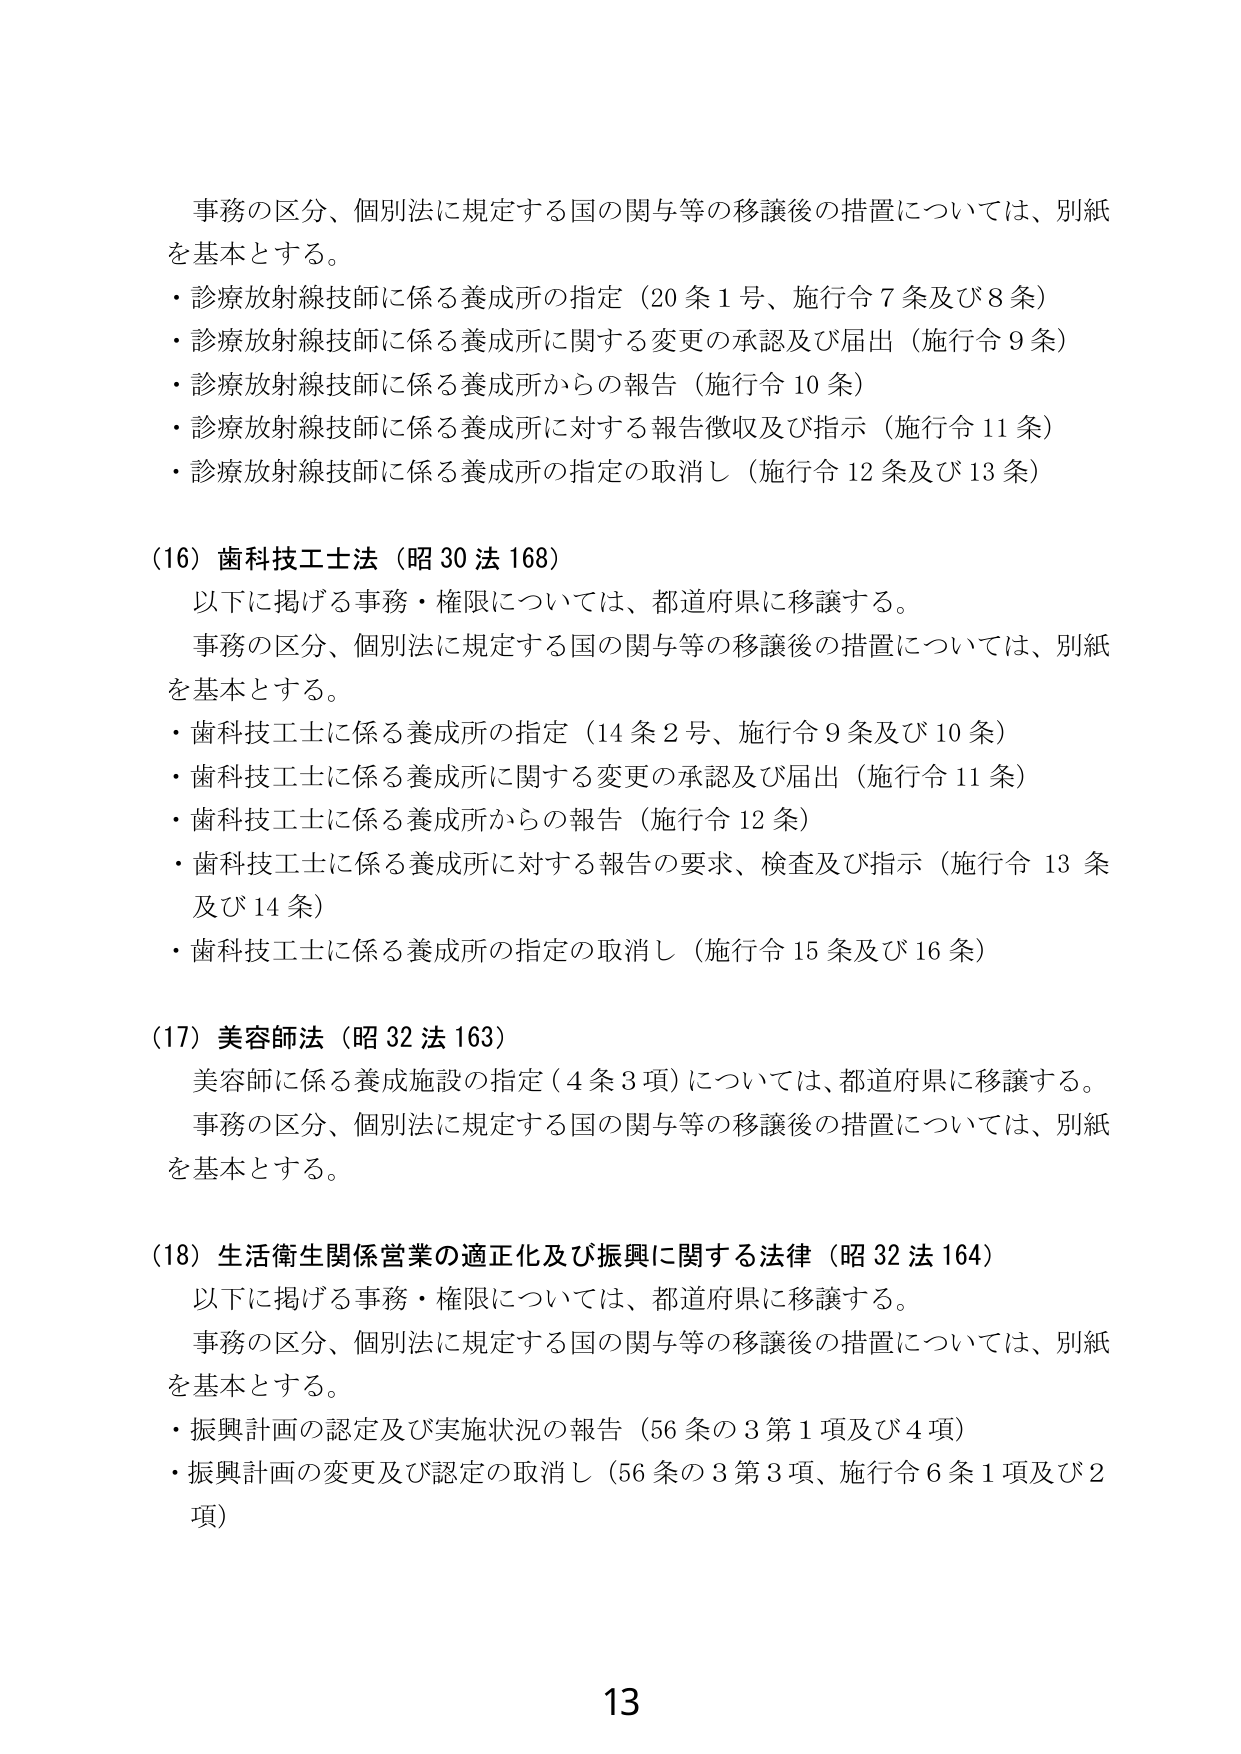
事務の区分、個別法に規定する国の関与等の移譲後の措置については、別紙を基本とする。
・診療放射線技師に係る養成所の指定（20条1号、施行令7条及び8条）
・診療放射線技師に係る養成所に関する変更の承認及び届出（施行令9条）
・診療放射線技師に係る養成所からの報告（施行令10条）
・診療放射線技師に係る養成所に対する報告徴収及び指示（施行令11条）
・診療放射線技師に係る養成所の指定の取消し（施行令12条及び13条）

（16）歯科技工士法（昭30法168）
以下に掲げる事務・権限については、都道府県に移譲する。
事務の区分、個別法に規定する国の関与等の移譲後の措置については、別紙を基本とする。
・歯科技工士に係る養成所の指定（14条2号、施行令9条及び10条）
・歯科技工士に係る養成所に関する変更の承認及び届出（施行令11条）
・歯科技工士に係る養成所からの報告（施行令12条）
・歯科技工士に係る養成所に対する報告の要求、検査及び指示（施行令13条及び14条）
・歯科技工士に係る養成所の指定の取消し（施行令15条及び16条）

（17）美容師法（昭32法163）
美容師に係る養成施設の指定（4条3項）については、都道府県に移譲する。
事務の区分、個別法に規定する国の関与等の移譲後の措置については、別紙を基本とする。

（18）生活衛生関係営業の適正化及び振興に関する法律（昭32法164）
以下に掲げる事務・権限については、都道府県に移譲する。
事務の区分、個別法に規定する国の関与等の移譲後の措置については、別紙を基本とする。
・振興計画の認定及び実施状況の報告（56条の3第1項及び4項）
・振興計画の変更及び認定の取消し（56条の3第3項、施行令6条1項及び2項）

13